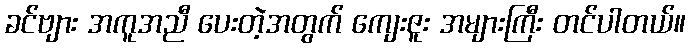
ခင်ဗျား အကူအညီ ပေးတဲ့အတွက် ကျေးဇူး အများကြီး တင်ပါတယ်။